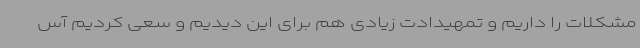
مشکلات را داریم و تمهیدادت زیادی هم برای این دیدیم و سعی کردیم آس